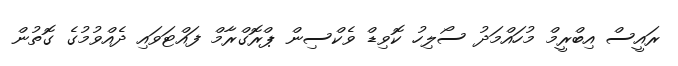
ރައީސް އިބްރީމް މުހައްމަދު ސޯލިހު ކޮވިޑް ވެކްސިން ޕްރޮގްރާމް ފައްޓަވައި ދެއްވުމުގެ ގޮތުން